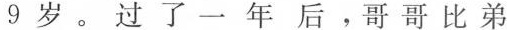
9岁。过了一年后，哥哥比弟